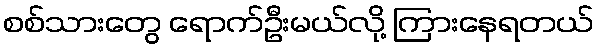
စစ်သားတွေ ရောက်ဦးမယ်လို့ ကြားနေရတယ်